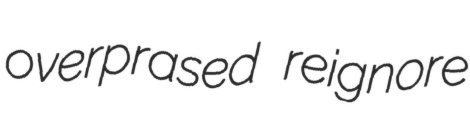
overprased reignore